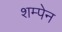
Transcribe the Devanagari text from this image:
शम्पेन